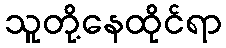
သူတို့နေထိုင်ရာ